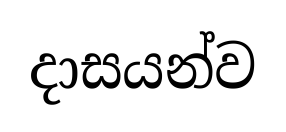
දාසයන්ව